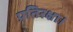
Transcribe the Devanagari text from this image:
प्रतिरक्षा।